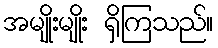
အမျိုးမျိုး ရှိကြသည်။